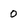
Character: 0